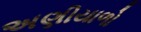
અણીયાળો